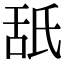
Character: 舐